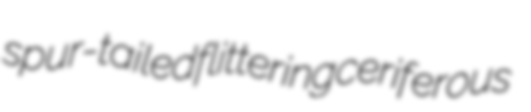
spur-tailed flittering ceriferous